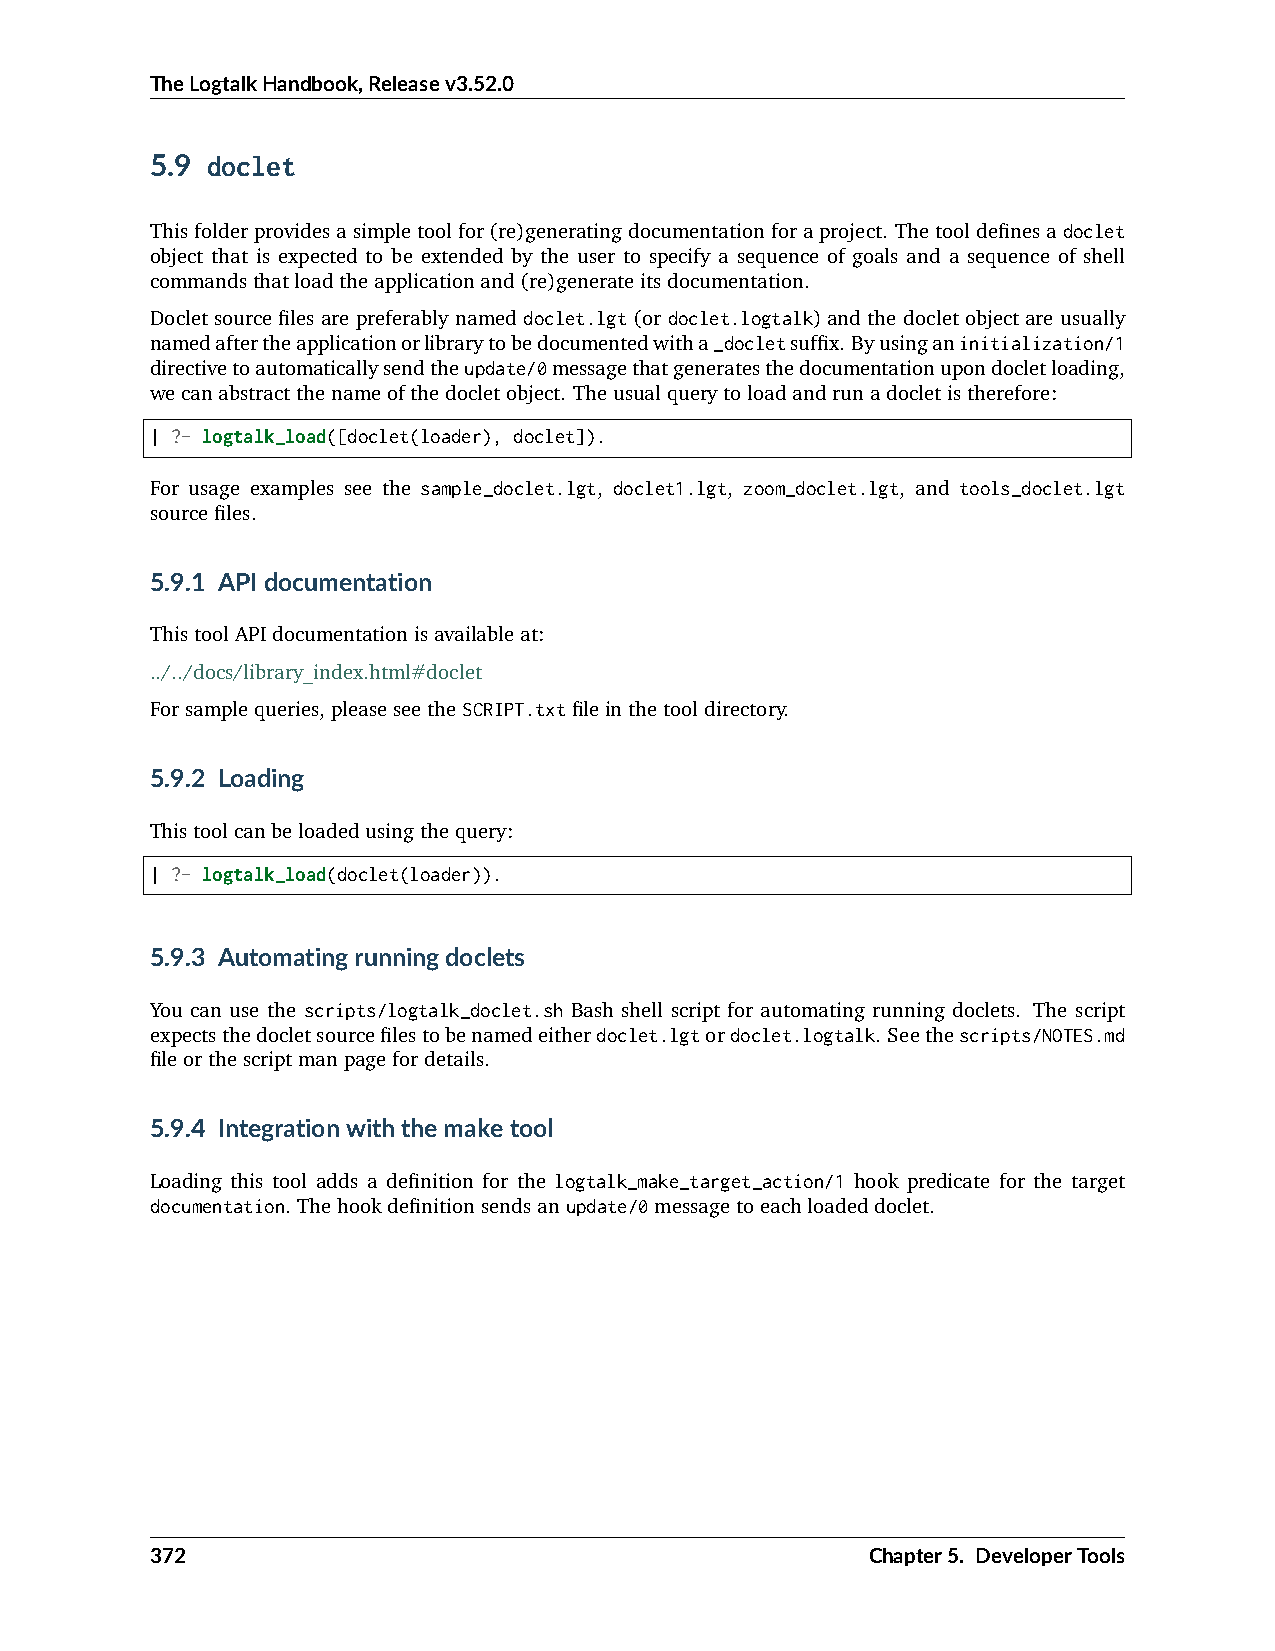
TheLogtalkHandbook,Releasev3.52.0
 5.9 doclet
 Thisfolderprovidesasimpletoolfor(re)generatingdocumentationforaproject. Thetooldefinesadoclet
 object that is expected to be extended by the user to specify a sequence of goals and a sequence of shell
 commandsthatloadtheapplicationand(re)generateitsdocumentation.
 Doclet source files are preferably named doclet.lgt (or doclet.logtalk) and the doclet object are usually
 namedaftertheapplicationorlibrarytobedocumentedwitha_docletsuffix. Byusinganinitialization/1
 directivetoautomaticallysendtheupdate/0messagethatgeneratesthedocumentationupondocletloading,
 wecanabstractthenameofthedocletobject. Theusualquerytoloadandrunadocletistherefore:
 | ?- logtalk_load([doclet(loader), doclet]).
 For usage examples see the sample_doclet.lgt, doclet1.lgt, zoom_doclet.lgt, and tools_doclet.lgt
 sourcefiles.
 5.9.1 APIdocumentation
 ThistoolAPIdocumentationisavailableat:
 ../../docs/library_index.html#doclet
 Forsamplequeries,pleaseseetheSCRIPT.txtfileinthetooldirectory.
 5.9.2 Loading
 Thistoolcanbeloadedusingthequery:
 | ?- logtalk_load(doclet(loader)).
 5.9.3 Automatingrunningdoclets
 You can use the scripts/logtalk_doclet.sh Bash shell script for automating running doclets. The script
 expectsthedocletsourcefilestobenamedeitherdoclet.lgtordoclet.logtalk. Seethescripts/NOTES.md
 fileorthescriptmanpagefordetails.
 5.9.4 Integrationwiththemaketool
 Loading this tool adds a definition for the logtalk_make_target_action/1 hook predicate for the target
 documentation. Thehookdefinitionsendsanupdate/0messagetoeachloadeddoclet.
 372                                             Chapter5. DeveloperTools